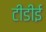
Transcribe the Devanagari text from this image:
टीडीई